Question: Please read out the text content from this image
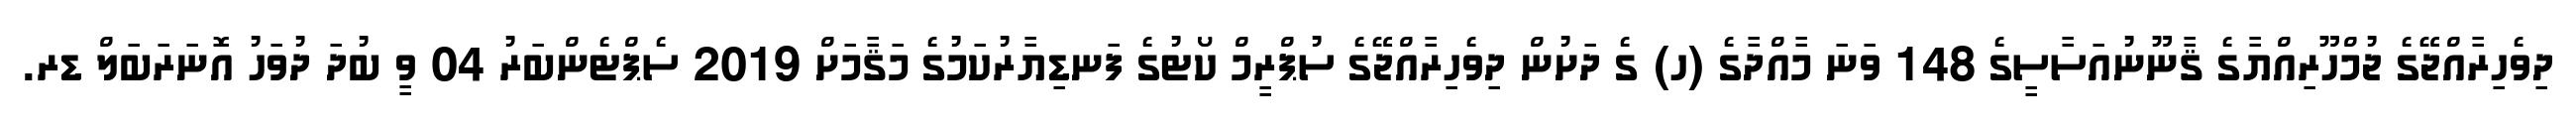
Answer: ދިވެހިރާއްޖޭގެ ޖުމްހޫރިއްޔާގެ ޤާނޫނުއަސާސީގެ 148 ވަނަ މާއްދާގެ (ހ) ގެ ދަށުން ދިވެހިރާއްޖޭގެ ސުޕްރީމް ކޯޓުގެ ފަނޑިޔާރުކަމުގެ މަޤާމަށް 2019 ސެޕްޓެންބަރު 04 ވީ ބުދަ ދުވަހު އޮނަރަބަލް ޑރ.